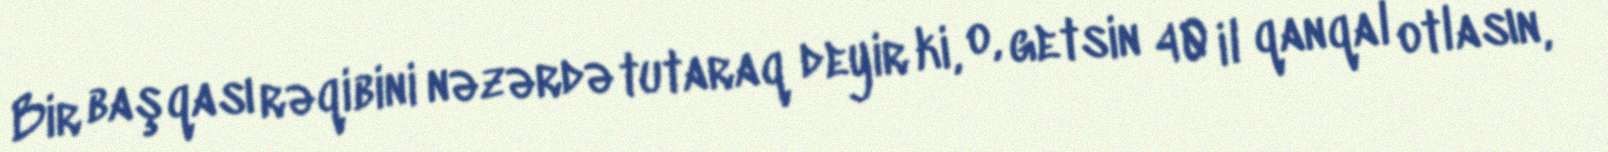
Bir başqası rəqibini nəzərdə tutaraq deyir ki, o, getsin 40 il qanqal otlasın,